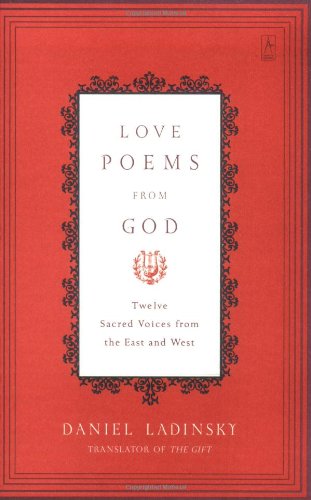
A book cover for Love Poems from God: Twelve Sacred Voices from the East and West (Compass); Various; Literature & Fiction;